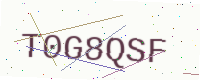
Text: T0G8QSF